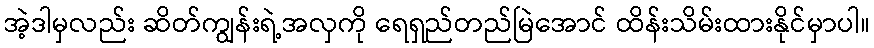
အဲ့ဒါမှလည်း ဆိတ်ကျွန်းရဲ့အလှကို ရေရှည်တည်မြဲအောင် ထိန်းသိမ်းထားနိုင်မှာပါ။